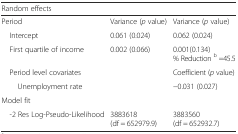
<table><thead><tr><td><b>Random effects</b></td><td></td><td></td></tr></thead><tbody><tr><td>Period</td><td>Variance (<i>p</i> value)</td><td>Variance (<i>p</i> value)</td></tr><tr><td> Intercept</td><td>0.061 (0.024)</td><td>0.062 (0.024)</td></tr><tr><td> First quartile of income</td><td>0.002 (0.066)</td><td>0.001(0.134)% Reduction <sup>b</sup> =45.5</td></tr><tr><td> Period level covariates</td><td></td><td>Coefficient (<i>p</i> value)</td></tr><tr><td>Unemployment rate</td><td></td><td>−0.031 (0.027)</td></tr><tr><td>Model fit</td><td></td><td></td></tr><tr><td> -2 Res Log-Pseudo-Likelihood</td><td>3883618 (df = 652979.9)</td><td>3883560 (df = 652932.7)</td></tr></tbody></table>